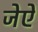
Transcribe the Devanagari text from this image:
जेऐ